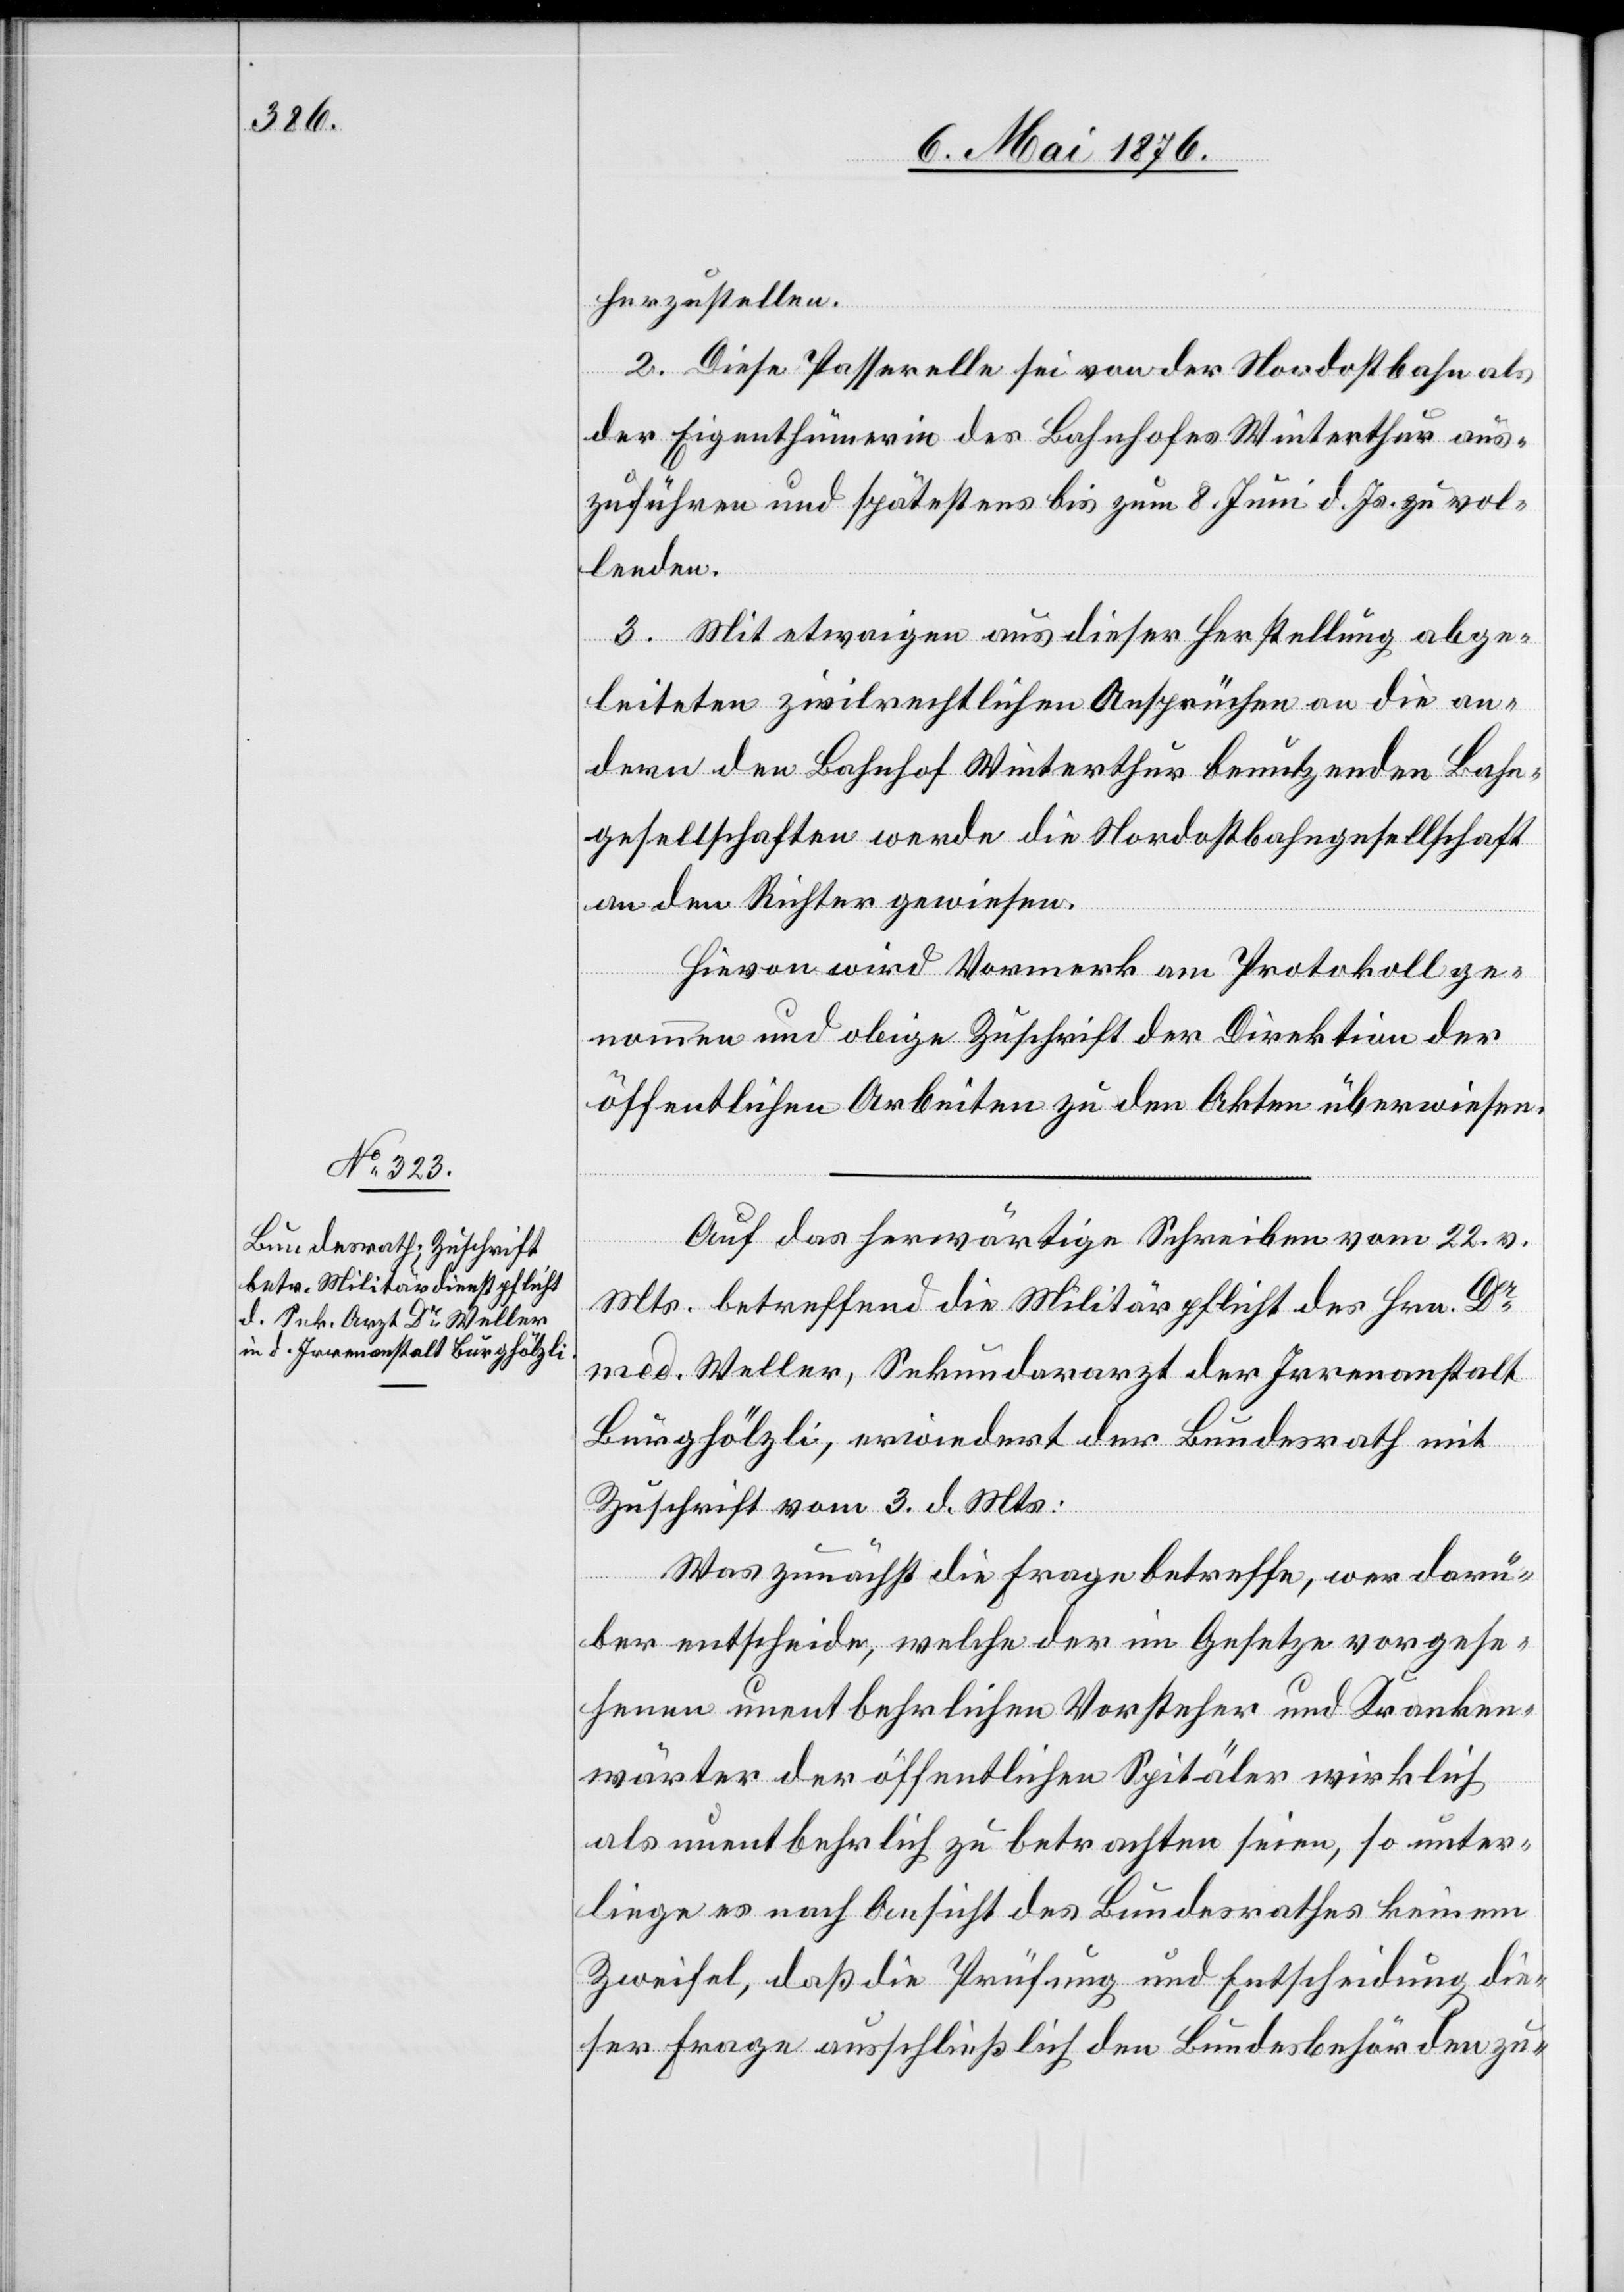
herzustellen.
2. Diese Passerelle sei von der Nordostbahn als
der Eigenthümerin des Bahnhofes Winterthur aus¬
zuführen und spätestens bis zum 8. Juni d. Js. zu vol¬
lenden.
3. Mit etwaigen aus dieser Herstellung abge¬
leiteten zivilrechtlichen Ansprüchen an die an¬
dern den Bahnhof Winterthur benutzenden Bahn¬
gesellschaften werde die Nordostbahngesellschaft
an den Richter gewiesen.
Hievon wird Vormerk am Protokoll ge¬
nommen und obige Zuschrift der Direktion der
öffentlichen Arbeiten zu den Akten überwiesen.
Auf das herwärtige Schreiben vom 22. v.
Mts. betreffend die Militärpflicht des Hrn. Dr
med. Weller, Sekundararzt der Irrenanstalt
Burghölzli, erwiedert der Bundesrath mit
Zuschrift vom 2. d. Mts.:
Was zunächst die Frage betreffe, wer darü¬
ber entscheide, welche der im Gesetze vorgese¬
henen unentbehrlichen Vorsteher und Kranken¬
wärter der öffentlichen Spitäler wirklich
als unentbehrlich zu betrachten seien, so unter¬
liege es nach Ansicht des Bundesrathes keinem
Zweifel, daß die Prüfung und Entscheidung die¬
ser Frage ausschließlich den Bundesbehörden zu-